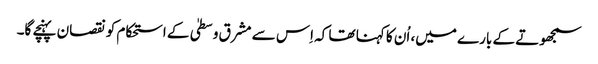
سمجھوتے کے بارے میں، اُن کا کہنا تھا کہ اِس سے مشرق وسطیٰ کے استحکام کو نقصان پہنچے گا۔